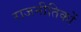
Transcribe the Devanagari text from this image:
राजनीतिकों